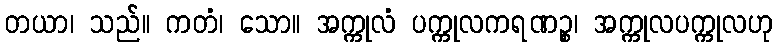
တယာ၊ သည်။ ကတံ၊ သော။ အက္ကုလံ ပက္ကုလကရဏဉ္စ၊ အက္ကုလပက္ကုလဟု